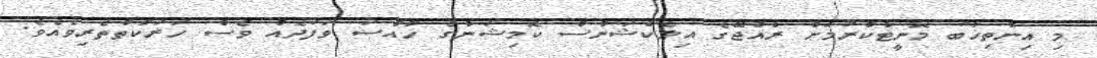
މި އިންތިޚާބު މޮނީޓާކުރުމަށް ރާއްޖޭގެ އިލެކްޝަންސް ކޮމިޝަންގެ ހާއްސަ ވަފުދެއް ވެސް ހަރަކާތްތެރިވެއެވެ.